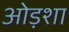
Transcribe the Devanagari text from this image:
ओड़शा